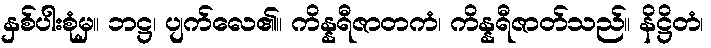
နှစ်ပါးစုံမှ။ ဘဋ္ဌ၊ ပျက်လေ၏။ ကိန္နရီဇာတကံ၊ ကိန္နရီဇာတ်သည်။ နိဋ္ဌိတံ၊